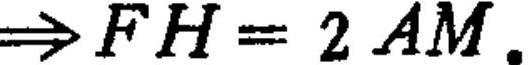
\(\Rightarrow FH = 2AM.\)